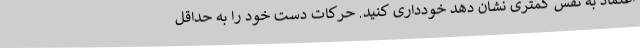
اعتماد به نفس کمتری نشان دهد خودداری کنید. حرکات دست خود را به حداقل